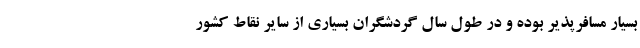
بسیار مسافرپذیر بوده و در طول سال گردشگران بسیاری از سایر نقاط کشور